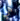
هي